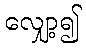
လျှော့၍